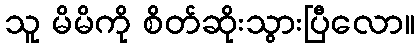
သူ မိမိကို စိတ်ဆိုးသွားပြီလော။